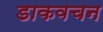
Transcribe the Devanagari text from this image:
डाकवचन